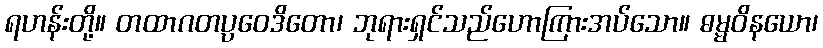
ရဟန်းတို့။ တထာဂတပ္ပဝေဒိတော၊ ဘုရားရှင်သည်ဟောကြားအပ်သော။ ဓမ္မဝိနယော၊